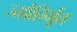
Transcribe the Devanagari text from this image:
ज्योतिर्भूत